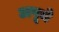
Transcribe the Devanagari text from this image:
अपूचे